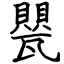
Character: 甖